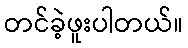
တင်ခဲ့ဖူးပါတယ်။